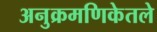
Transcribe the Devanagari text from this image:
अनुक्रमणिकेतले